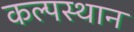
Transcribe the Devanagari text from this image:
कल्पस्थान